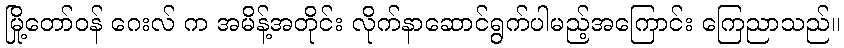
မြို့တော်ဝန် ဂေးလ် က အမိန့်အတိုင်း လိုက်နာဆောင်ရွက်ပါမည့်အကြောင်း ကြေညာသည်။